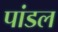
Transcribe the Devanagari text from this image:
पांडल